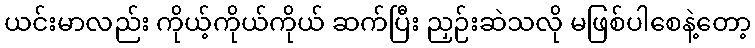
ယင်းမာလည်း ကိုယ့်ကိုယ်ကိုယ် ဆက်ပြီး ညှဉ်းဆဲသလို မဖြစ်ပါစေနဲ့တော့